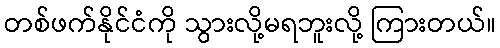
တစ်ဖက်နိုင်ငံကို သွားလို့မရဘူးလို့ ကြားတယ်။